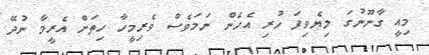
މިއީ ގާނޫނުގަ ލިޔެވިފަ ހުރި އެހެން ނަމަވެސް ވެރިމީހާ ހިތަށް އެރީމާ ނުދޭ